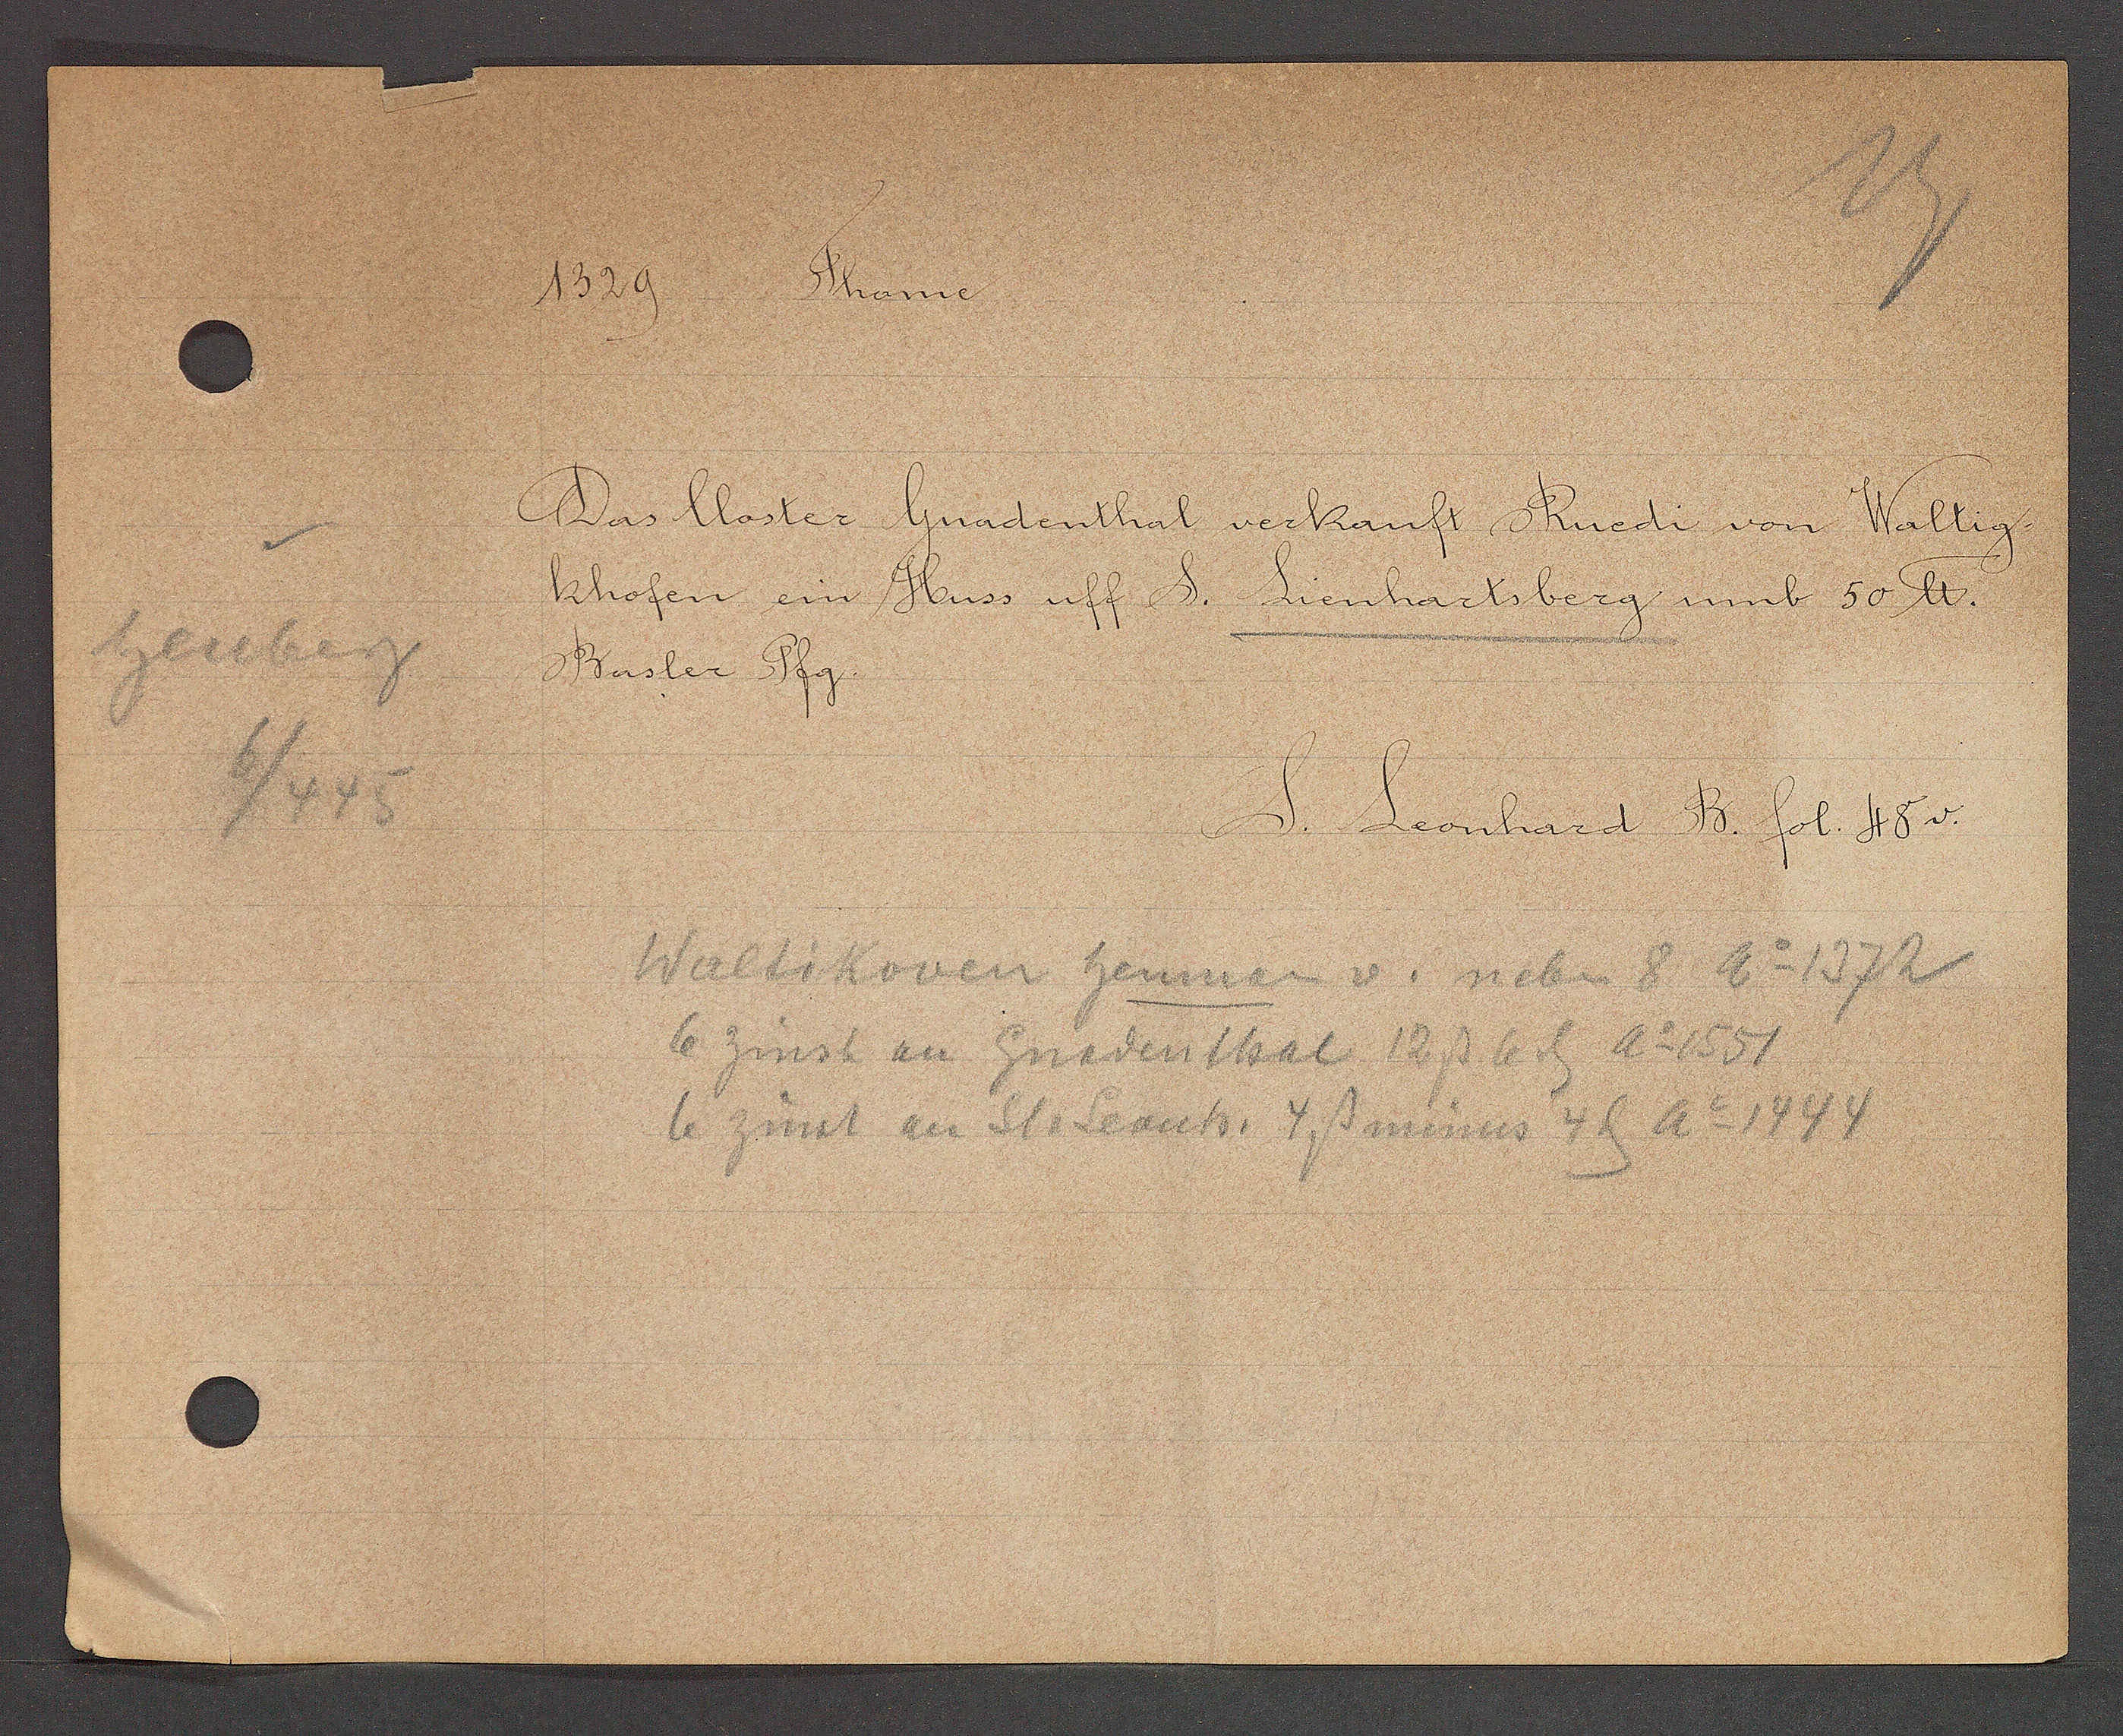
Transcript:
heuberg

1329
Thanne.

Das Closter Gnadenthal verkauft Ruedi von Waltig-
khofen ein Huss uff S. Lienhartsberg umb 55 ℔.
Basler Pfg.

Walti Koven heuman v. neben 8 Ao 1372
6 zinst an Gnadenthal 12ß 6 ȡ Ao 1551
6 zinst an St. Leonh. 4ß minus 4ȡ ao 1444

S. Leonhard B. fol. 48 v.